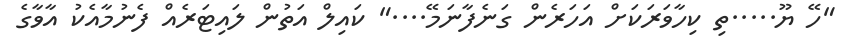
"ހޭ ޔޫ.....ތި ކިހާވަރަކަށް އަހަރެން ގަނެފާނަމޭ...." ކައިލް އަތުން ލައިޓަރެއް ފެނުމާއެކު އާވާގެ